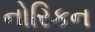
નોરિકન